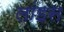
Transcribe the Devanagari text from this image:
लांइस